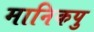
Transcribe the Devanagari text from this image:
मानिकपु